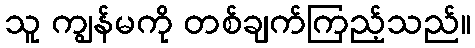
သူ ကျွန်မကို တစ်ချက်ကြည့်သည်။